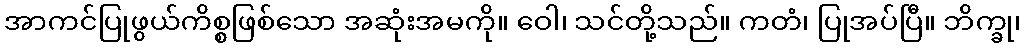
အာကင်ပြုဖွယ်ကိစ္စဖြစ်သော အဆုံးအမကို။ ဝေါ၊ သင်တို့သည်။ ကတံ၊ ပြုအပ်ပြီ။ ဘိက္ခု၊